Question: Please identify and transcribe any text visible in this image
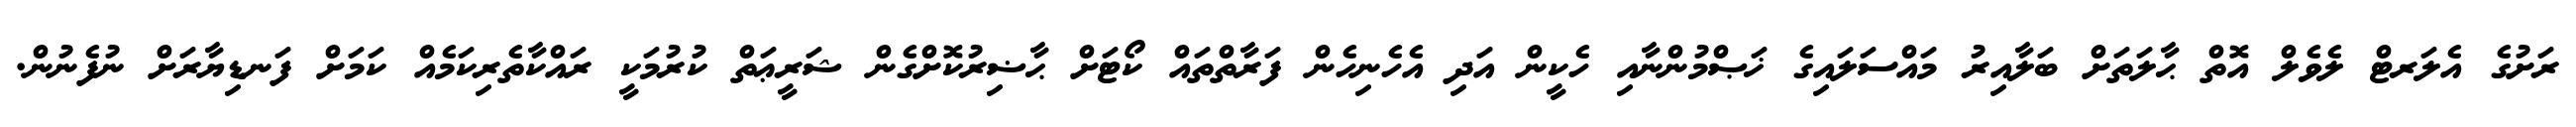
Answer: ރަށުގެ އެލަރޓް ލެވެލް އޮތް ޙާލަތަށް ބަލާއިރު މައްސަލައިގެ ޚަޞްމުންނާއި ހެކީން އަދި އެހެނިހެން ފަރާތްތައް ކޯޓަށް ޙާޟިރުކޮށްގެން ޝަރީޢަތް ކުރުމަކީ ރައްކާތެރިކަމެއް ކަމަށް ފަނޑިޔާރަށް ނުފެނުން.